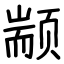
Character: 颛